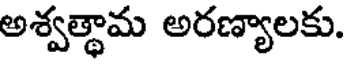
అశ్వత్థామ అరణ్యాలకు.